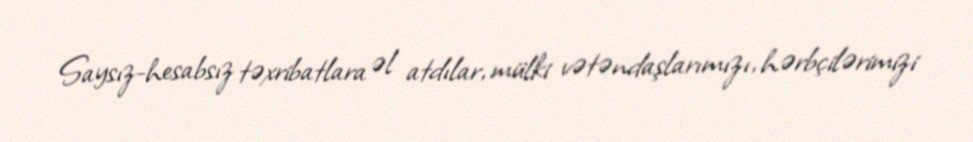
Saysız-hesabsız təxribatlara əl atdılar, mülki vətəndaşlarımızı, hərbçilərimizi